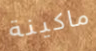
ماكينة